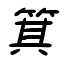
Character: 箕